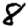
Digit: 8